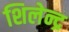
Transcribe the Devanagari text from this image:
शिलेन्द्र